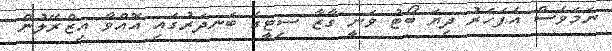
ނަމަވެސް އެފަހަރު ދިޔަ ބޯޓު ވަނީ ގާޒާ ސިޓީގެ ބަނދަރުގައި އޮއްވާ އިޒްރޭލުން